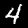
Label: 4